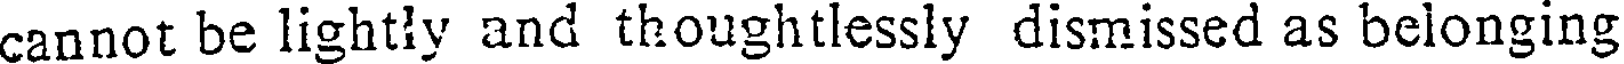
cannot be lightly and thoughtlessly dismissed as belonging